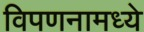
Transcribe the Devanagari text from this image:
विपणनामध्ये